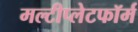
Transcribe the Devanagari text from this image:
मल्टीप्लेटफॉर्म